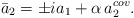
\begin{align*}\bar{a}_{2}=\pm ia_{1}+\alpha \, a^{cov}_{2}.\end{align*}